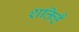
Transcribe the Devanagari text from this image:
शक्तिहै